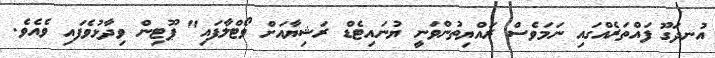
އުނދަގޫ ފައްތަރެއްގައި ނަމަވެސް ރައްޔިތުންވަނީ ޔުނައިޓެޑް ރަޝިޔާއަށް ވޯޓްލާފައި" ޕޫޓިން ވިދާޅުވެފައި ވެއެވެ.